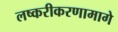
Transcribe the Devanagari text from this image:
लष्करीकरणामागे